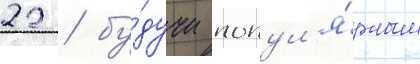
22 / бу́дучи попул'я́рным